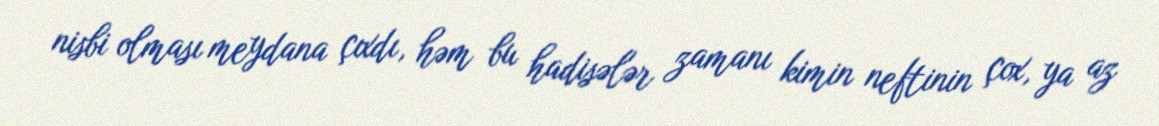
nisbi olması meydana çıxdı, həm bu hadisələr zamanı kimin neftinin çox, ya az